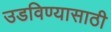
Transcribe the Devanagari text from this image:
उडविण्यासाठी